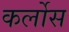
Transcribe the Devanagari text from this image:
कर्लोस